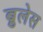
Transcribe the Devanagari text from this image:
ब्रुलेस